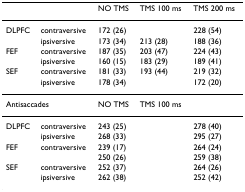
<table><thead><tr><td colspan="2">[EMPTY_CELL]</td><td><b>NO TMS</b></td><td><b>TMS 100 ms</b></td><td><b>TMS 200 ms</b></td></tr></thead><tbody><tr><td>DLPFC</td><td>contraversive</td><td>172 (26)</td><td>[EMPTY_CELL]</td><td>228 (54)</td></tr><tr><td>[EMPTY_CELL]</td><td>ipsiversive</td><td>173 (34)</td><td>213 (28)</td><td>188 (36)</td></tr><tr><td>FEF</td><td>contraversive</td><td>187 (35)</td><td>203 (47)</td><td>224 (43)</td></tr><tr><td>[EMPTY_CELL]</td><td>ipsiversive</td><td>160 (15)</td><td>183 (29)</td><td>189 (41)</td></tr><tr><td>SEF</td><td>contraversive</td><td>181 (33)</td><td>193 (44)</td><td>219 (32)</td></tr><tr><td>[EMPTY_CELL]</td><td>ipsiversive</td><td>178 (34)</td><td>[EMPTY_CELL]</td><td>172 (20)</td></tr><tr><td colspan="2">Antisaccades</td><td>NO TMS</td><td>TMS 100 ms</td><td>[EMPTY_CELL]</td></tr><tr><td>DLPFC</td><td>contraversive</td><td>243 (25)</td><td>[EMPTY_CELL]</td><td>278 (40)</td></tr><tr><td>[EMPTY_CELL]</td><td>ipsiversive</td><td>268 (33)</td><td>[EMPTY_CELL]</td><td>295 (27)</td></tr><tr><td>FEF</td><td>contraversive</td><td>239 (17)</td><td>[EMPTY_CELL]</td><td>264 (24)</td></tr><tr><td>[EMPTY_CELL]</td><td>[EMPTY_CELL]</td><td>250 (26)</td><td>[EMPTY_CELL]</td><td>259 (38)</td></tr><tr><td>SEF</td><td>contraversive</td><td>252 (37)</td><td>[EMPTY_CELL]</td><td>264 (26)</td></tr><tr><td>[EMPTY_CELL]</td><td>ipsiversive</td><td>262 (38)</td><td>[EMPTY_CELL]</td><td>252 (42)</td></tr></tbody></table>